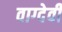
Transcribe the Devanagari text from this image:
वाग्‍देवी